Civil Veterinary Department Bengal reports 1923-33 - 1923-1933
Year: 1923
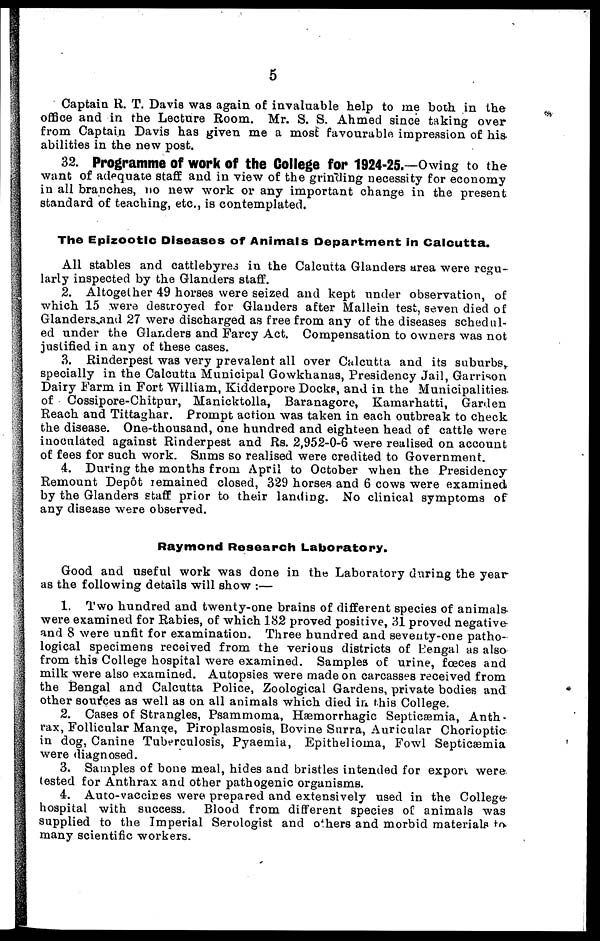
5
Captain R. T. Davis was again of invaluable help to me both in the
office and in the Lecture Room. Mr. S. S. Ahmed since taking over
from Captain Davis has given me a most favourable impression of his
abilities in the new post.
32. Programme of work of the College for 1924-25.—Owing to the
want of adequate staff and in view of the grinding necessity for economy
in all branches, no new work or any important change in the present
standard of teaching, etc., is contemplated.
The Epizootic Diseases of Animals Department in Calcutta.
All stables and cattlebyres in the Calcutta Glanders area were regu-
larly inspected by the Glanders staff.
2. Altogether 49 horses were seized and kept under observation, of
which 15 were destroyed for Glanders after Mallein test, seven died of
Glanders and 27 were discharged as free from any of the diseases schedul-
ed under the Glanders and Farcy Act. Compensation to owners was not
justified in any of these cases.
3. Rinderpest was very prevalent all over Calcutta and its suburbs,
specially in the Calcutta Municipal Gowkhanas, Presidency Jail, Garrison
Dairy Farm in Fort William, Kidderpore Docks, and in the Municipalities,
of Cossipore-Chitpur, Manicktolla, Baranagore, Kamarhatti, Garden
Reach and Tittaghar. Prompt action was taken in each outbreak to check
the disease. One-thousand, one hundred and eighteen head of cattle were
inoculated against Rinderpest and Rs. 2, 952-0-6 were realised on account
of fees for such work. Sums so realised were credited to Government.
4. During the months from April to October when the Presidency
Remount Depot remained closed, 329 horses and 6 cows were examined
by the Glanders staff prior to their landing. No clinical symptoms of
any disease were observed.
Raymond Research Laboratory.
Good and useful work was done in the Laboratory during the year
as the following details will show :—
1. Two hundred and twenty-one brains of different species of animals-
were examined for Rabies, of which 182 proved positive, 31 proved negative
and 8 were unfit for examination. Three hundred and seventy-one patho-
logical specimens received from the verious districts of Bengal as also
from this College hospital were examined. Samples of urine, fœces and
milk were also examined. Autopsies were made on carcasses received from,
the Bengal and Calcutta Police, Zoological Gardens, private bodies and
other sources as well as on all animals which died in this College.
2. Cases of Strangles, Psammoma, Hæmorrhagic Septicæmia, Anth-
rax, Follicular Mange, Piroplasmosis, Bovine Surra, Auricular Chorioptic
in dog, Canine Tuberculosis, Pyaemia, Epithelioma, Fowl Septicaemia
were diagnosed.
3. Samples of bone meal, hides and bristles intended for export were
tested for Anthrax and other pathogenic organisms.
4. Auto-vaccines were prepared and extensively used in the College
hospital with success. Blood from different species of animals was
supplied to the Imperial Serologist and others and morbid materials to
many scientific workers.